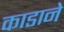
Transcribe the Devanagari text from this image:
काडाने